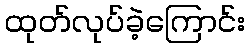
ထုတ်လုပ်ခဲ့ကြောင်း